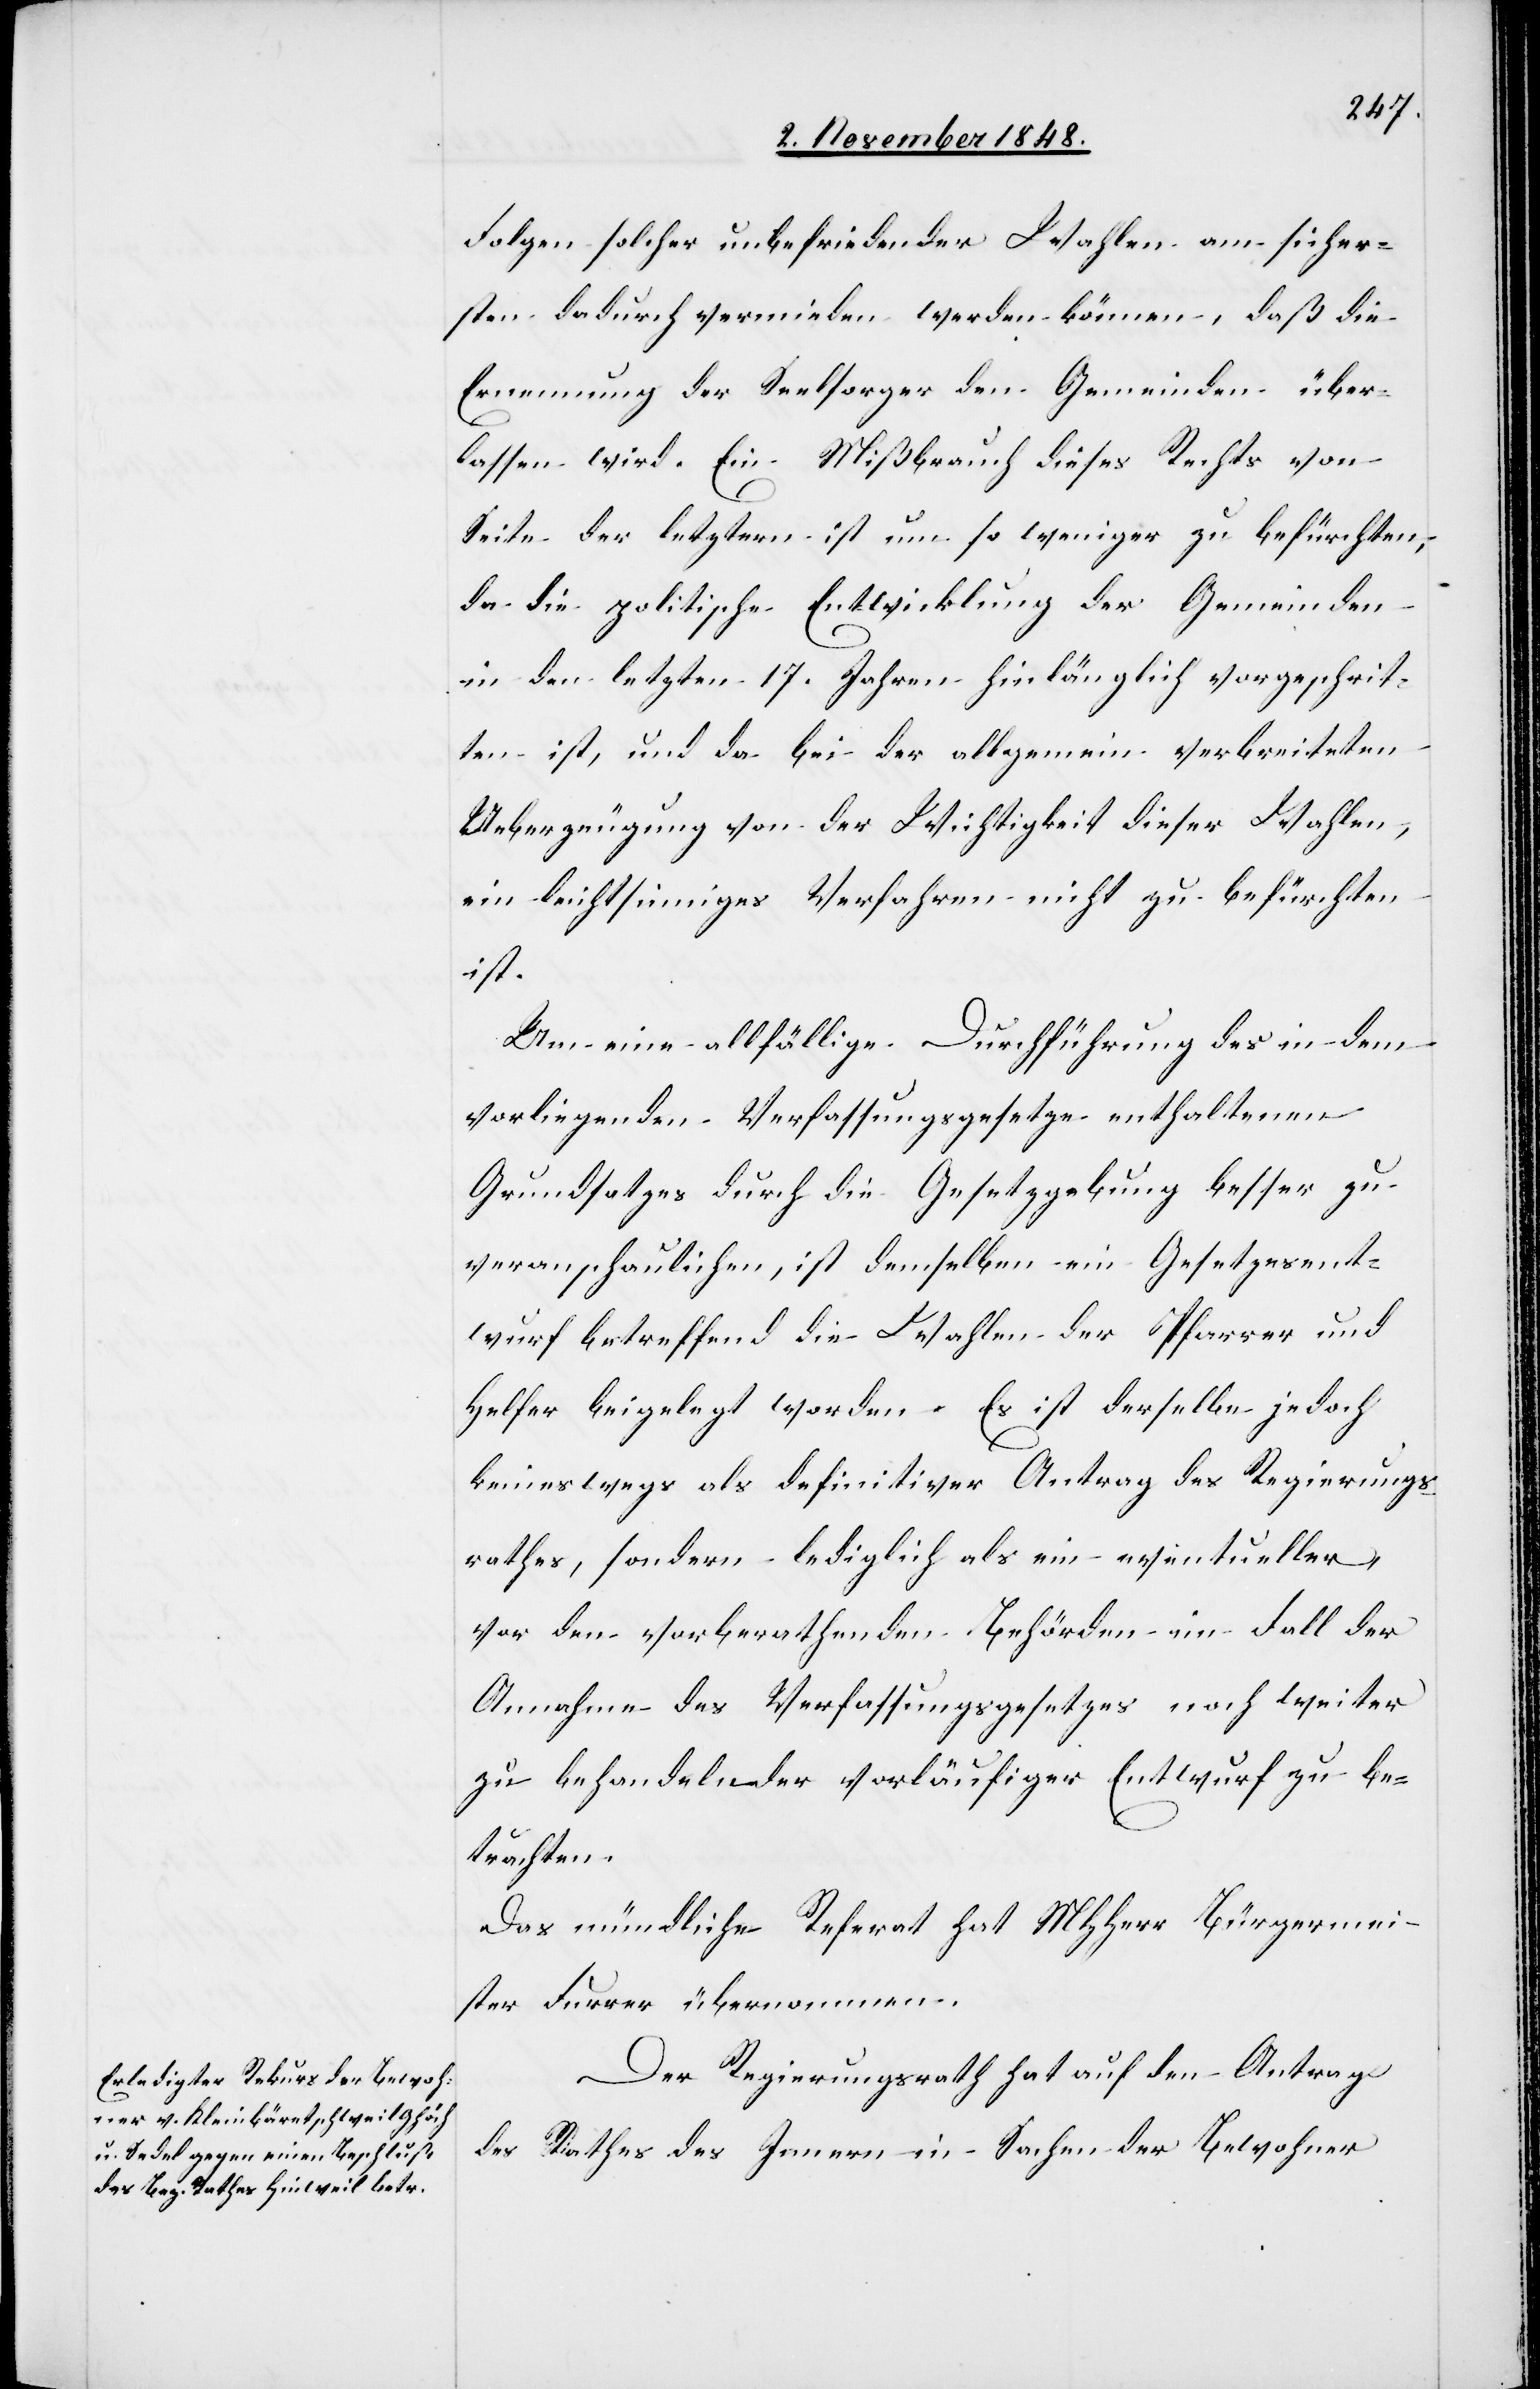
Folgen solcher unbefriedender Wahlen am sicher¬
sten dadurch vermieden werden können, daß die
Ernennung der Seelsorger den Gemeinden über¬
lassen wird. Ein Mißbrauch dieses Rechts von
Seite der letztern ist um so weniger zu befürchten,
da die politische Entwicklung der Gemeinden
in den letzten 17. Jahren hinlänglich vorgeschrit¬
ten ist, und da bei der allgemein verbreiteten
Ueberzeugung von der Wichtigkeit dieser Wahlen,
ein leichtsinniges Verfahren nicht zu befürchten
ist.
Um eine allfällige Durchführung des in dem
vorliegenden Verfassungsgesetzes enthaltenen
Grundsatzes durch die Gesetzgebung besser zu
veranschaulichen, ist demselben ein Gesetzesent¬
wurf betreffend die Wahlen der Pfarrer und
Helfer beigelegt worden. Es ist derselbe jedoch
keineswegs als definitiver Antrag des Regierungs¬
rathes, sondern lediglich als ein eventueller,
vor den vorberathenden Behörden im Fall der
Annahme des Verfassungsgesetzes noch weiter
zu behandelnder vorläufiger Entwurf zu be¬
trachten.
Das mündliche Referat MHHerr Bürgermei¬
ster Furrer übernommen.
Der Regierungsrath hat auf den Antrag
des Rathes des Innern in Sachen der Bewohner